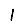
Digit: 1